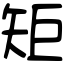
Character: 矩